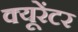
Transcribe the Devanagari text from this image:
क्यूरेंटर